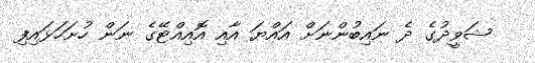
ޝަވީދުގެ ދެ ނައިބުންނަށް އައްޔަ އާއި އޮއިއްޓޭގެ ނަން ހުށަހަޅައިފި